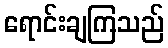
ရောင်းချကြသည်